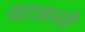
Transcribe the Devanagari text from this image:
थान्नासी